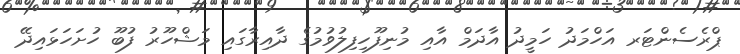
ޕްރެސެންޓަރ އަހްމަދު ހަމީދު އާދަމް އާއި މުނިފޫހިފިލުވުމުގެ ދާއިރާގައި މަޝްހޫރު ފުބޫ ހުށަހަޅައިދޭ